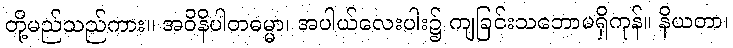
တို့မည်သည်ကား။ အဝိနိပါတဓမ္မာ၊ အပါယ်လေးပါး၌ ကျခြင်းသဘောမရှိကုန်။ နိယတာ၊